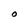
Character: O